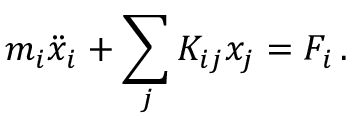
m _ { i } \ddot { x } _ { i } + \sum _ { j } K _ { i j } x _ { j } = F _ { i } \, .